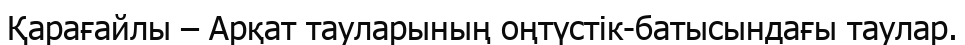
Қарағайлы – Арқат тауларының оңтүстік-батысындағы таулар.